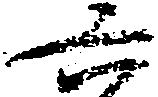
六